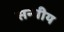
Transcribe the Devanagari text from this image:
सन्घीय